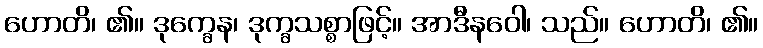
ဟောတိ၊ ၏။ ဒုက္ခေန၊ ဒုက္ခသစ္စာဖြင့်။ အာဒီနဝေါ၊ သည်။ ဟောတိ၊ ၏။